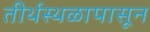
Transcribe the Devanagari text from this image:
तीर्थस्थळापासून